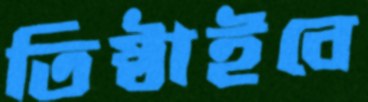
তিষ্ঠাইবে